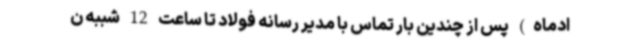
ادماه) پس از چندین بار تماس با مدیر رسانه فولاد تا ساعت 12 شببه ن